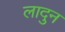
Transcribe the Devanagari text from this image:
लादुन